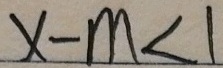
x - m < 1